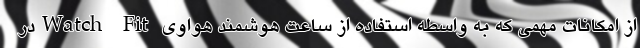
از امکانات مهمی که به واسطه استفاده از ساعت هوشمند هواوی Watch Fitدر